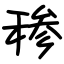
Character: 䅟